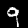
Digit: 9